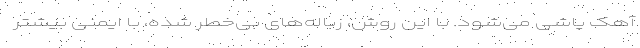
آهک پاشی می‌شود. با این روش، زباله‌های بی‌خطر شده، با ایمنی بیشتر